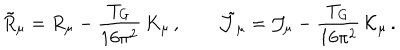
LaTeX: \tilde { R } _ { \mu } = R _ { \mu } - \frac { T _ { G } } { 1 6 \pi ^ { 2 } } \, { K } _ { \mu } \, , \qquad \tilde { \cal J } _ { \mu } = { \cal J } _ { \mu } - \frac { T _ { G } } { 1 6 \pi ^ { 2 } } \, { \cal K } _ { \mu } \, .